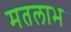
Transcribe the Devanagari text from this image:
मतलाभ